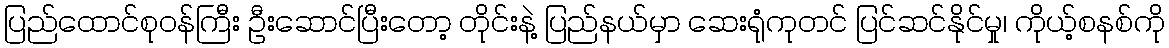
ပြည်ထောင်စုဝန်ကြီး ဦးဆောင်ပြီးတော့ တိုင်းနဲ့ ပြည်နယ်မှာ ဆေးရုံကုတင် ပြင်ဆင်နိုင်မှု၊ ကိုယ့်စနစ်ကို